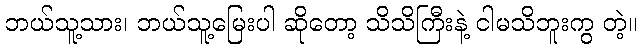
ဘယ်သူ့သား၊ ဘယ်သူ့မြေးပါ ဆိုတော့ သိသိကြီးနဲ့ ငါမသိဘူးကွ တဲ့။